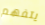
يتفهم